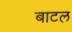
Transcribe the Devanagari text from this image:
बाटल